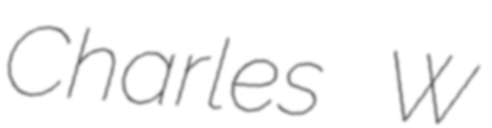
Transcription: Charles W